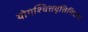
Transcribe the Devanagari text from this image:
योगश्चित्तवृत्तिनिरोधः